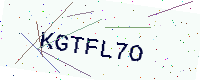
Text: KGTFL7O